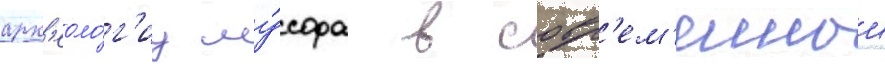
арх'еоло́г'иу му́сора в совр'ем'еннои